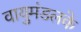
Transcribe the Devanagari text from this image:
वायुमंडलके